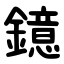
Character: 鐿